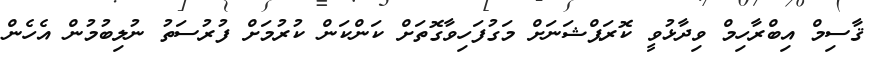
ޤާސިމް އިބްރާހިމް ވިދާޅުވީ ކޮރަޕްޝަނަށް މަގުފަހިވާގޮތަށް ކަންކަން ކުރުމަށް ފުރުސަތު ނުލިބުމުން އެހެން